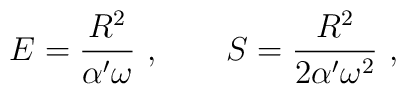
E= {R^2\over \alpha' \omega}\ ,\qquad S= {R^2\over 2\alpha' \omega^2}\ ,